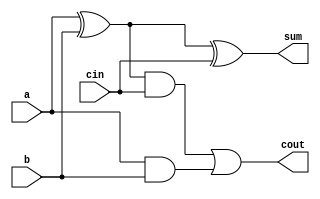
module FA(output sum, cout, input a, b, cin);
  wire w0, w1, w2;
  
  xor #(2) (w0, a, b);
  xor #(2) (sum, w0, cin);
  
  and #(1) (w1, w0, cin);
  and #(1) (w2, a, b);
  or #(1) (cout, w1, w2);
endmodule


// Ripple Carry Adder with cin - 4 bits
module synthesis_type_ql_adder(output [3:0] sum, output cout, input [3:0] a, b, input cin);
  
  wire [3:1] c;
  
  FA fa0(sum[0], c[1], a[0], b[0], cin);
  FA fa[2:1](sum[2:1], c[3:2], a[2:1], b[2:1], c[2:1]);
  FA fa31(sum[3], cout, a[3], b[3], c[3]);
  
endmodule